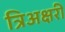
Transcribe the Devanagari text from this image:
त्रिअक्षरी